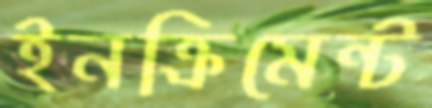
ইনক্রিমেন্ট